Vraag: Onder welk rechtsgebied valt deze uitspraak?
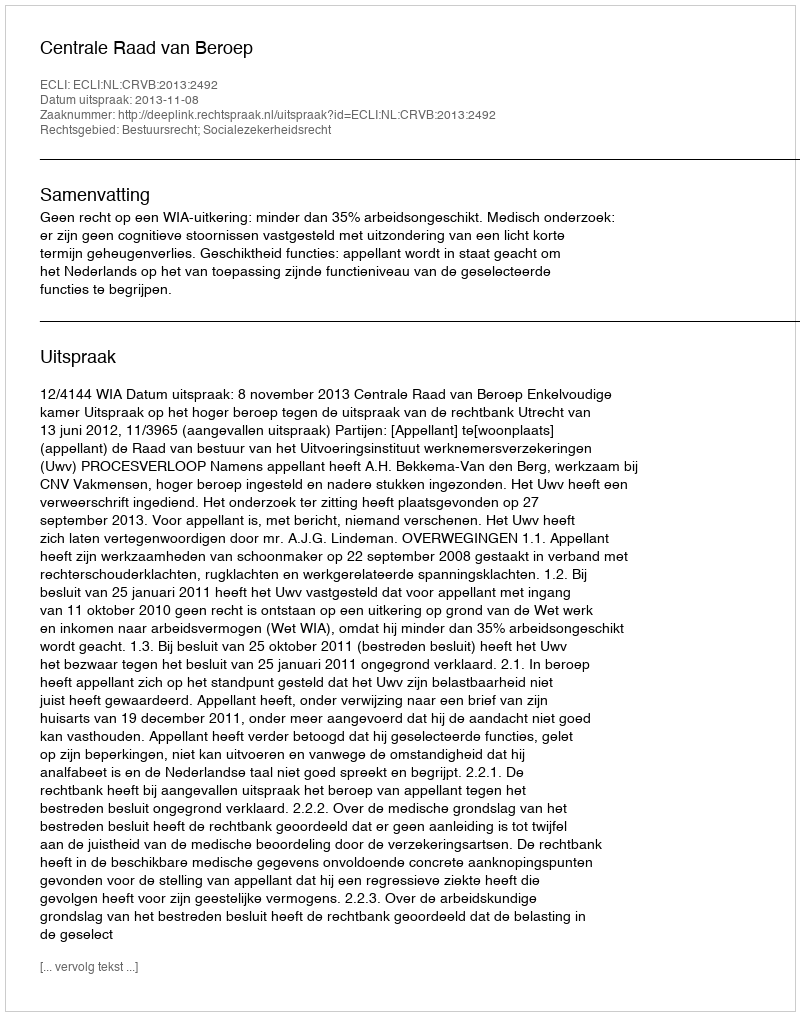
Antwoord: Bestuursrecht; Socialezekerheidsrecht